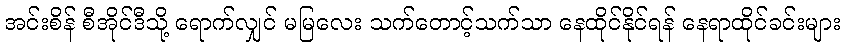
အင်းစိန် စီအိုင်ဒီသို့ ရောက်လျှင် မမြလေး သက်တောင့်သက်သာ နေထိုင်နိုင်ရန် နေရာထိုင်ခင်းများ